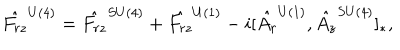
\hat { F _ { r z } } ^ { U ( 4 ) } = \hat { F _ { r z } } ^ { S U ( 4 ) } + \hat { F _ { r z } } ^ { U ( 1 ) } - i [ \hat { A _ { r } } ^ { U ( 1 ) } , \hat { A _ { z } } ^ { S U ( 4 ) } ] _ { * } ,